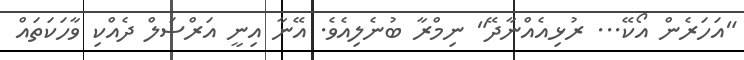
"އަހަރެން އޯކޭ... ރުޅިއެއްނާދޭ" ނިމްރާ ބުނެލިއެވެ. އޭނާ އިނީ އަރްސަލް ދެއްކި ވާހަކަތައް